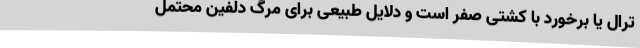
ترال یا برخورد با کشتی‌ صفر است و دلایل طبیعی برای مرگ دلفین محتمل